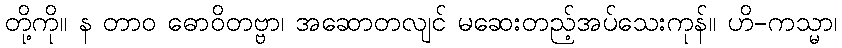
တို့ကို။ န တာဝ ဓောဝိတဗ္ဗာ၊ အဆောတလျင် မဆေးတည့်အပ်သေးကုန်။ ဟိ-ကသ္မာ၊